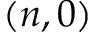
( n , 0 )